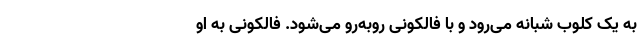
به یک کلوب شبانه می‌رود و با فالکونی روبه‌رو می‌شود. فالکونی به او